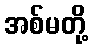
အစ်မတို့